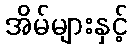
အိမ်များနှင့်